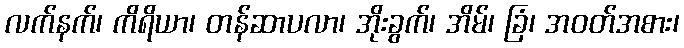
လက်နက်၊ ကိရိယာ၊ တန်ဆာပလာ၊ အိုးခွက်၊ အိမ်၊ ခြံ၊ အဝတ်အစား၊